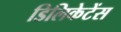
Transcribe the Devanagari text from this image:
डिलिकेटेंस